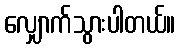
လျှောက်သွားပါတယ်။